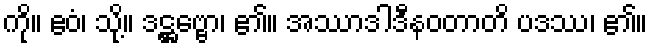
ကို။ ဧဝံ၊ သို့။ ဒဋ္ဌဗ္ဗော၊ ၏။ အဿာဒါဒီနဝတာတိ ပဒဿ၊ ၏။